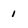
Character: 1